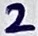
Text: 2